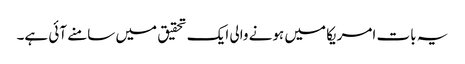
یہ بات امریکا میں ہونے والی ایک تحقیق میں سامنے آئی ہے۔